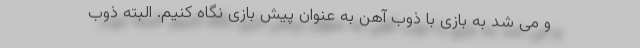
و می شد به بازی با ذوب آهن به عنوان پیش بازی نگاه کنیم. البته ذوب